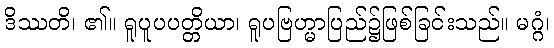
ဒိဿတိ၊ ၏။ ရူပူပပတ္တိယာ၊ ရူပဗြဟ္မာပြည်၌ဖြစ်ခြင်းသည်။ မဂ္ဂံ၊